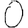
Digit: 0